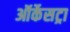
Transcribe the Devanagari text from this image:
ऑर्केसट्रा